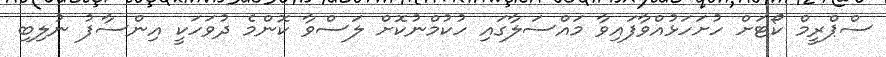
ސްޕްރީމް ކޯޓަށް ހުށަހަޅުއްވާފައިވާ މައްސަލާގައި ހުކުމްނުކޮށް ލަސްވާ ކޮންމެ ދުވަހަކީ އިންސާފު ނުލިބި